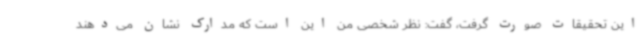
این تحقیقات صورت گرفت، گفت: نظر شخصی من این است که مدارک نشان می‌دهند